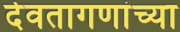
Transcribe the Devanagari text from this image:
देवतागणांच्या